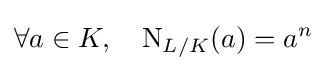
\forall a\in K,\quad \operatorname {N} _{L/K}(a)=a^{n}